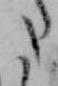
た